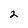
Character: 2